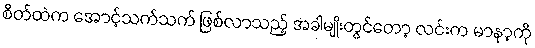
စိတ်ထဲက အောင့်သက်သက် ဖြစ်လာသည့် အခါမျိုးတွင်တော့ လင်းက မာနာ့ကို